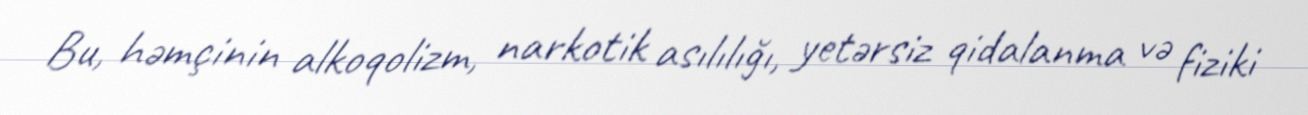
Bu, həmçinin alkoqolizm, narkotik asılılığı, yetərsiz qidalanma və fiziki